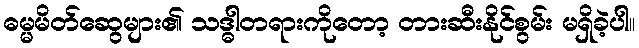
ဓမ္မမိတ်ဆွေများ၏ သဒ္ဓါတရားကိုတော့ တားဆီးနိုင်စွမ်း မရှိခဲ့ပါ။